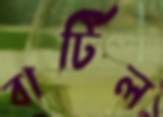
বার্টিল